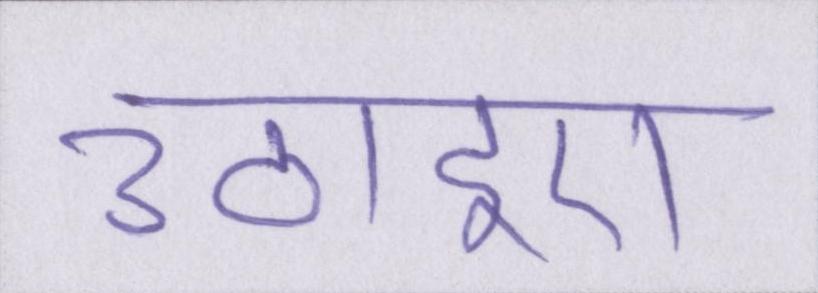
उठाइए